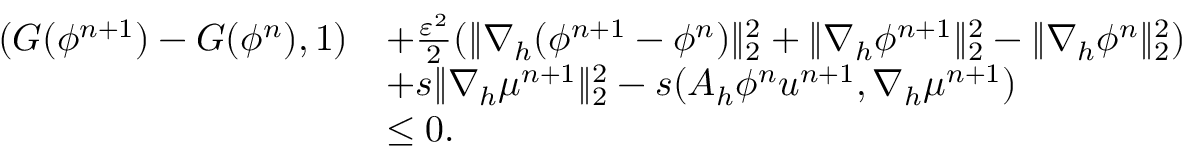
\begin{array} { r l } { ( G ( \phi ^ { n + 1 } ) - G ( \phi ^ { n } ) , 1 ) } & { + \frac { \varepsilon ^ { 2 } } { 2 } ( \| \nabla _ { h } ( \phi ^ { n + 1 } - \phi ^ { n } ) \| _ { 2 } ^ { 2 } + \| \nabla _ { h } \phi ^ { n + 1 } \| _ { 2 } ^ { 2 } - \| \nabla _ { h } \phi ^ { n } \| _ { 2 } ^ { 2 } ) } \\ & { + s \| \nabla _ { h } \mu ^ { n + 1 } \| _ { 2 } ^ { 2 } - s ( A _ { h } \phi ^ { n } \boldsymbol { u } ^ { n + 1 } , \nabla _ { h } \mu ^ { n + 1 } ) } \\ & { \leq 0 . } \end{array}